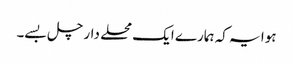
ہوا یہ کہ ہمارے ایک محلے دار چل بسے۔